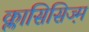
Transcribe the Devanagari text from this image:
क्लासिसिज्म़